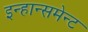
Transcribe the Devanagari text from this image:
इन्हान्समेन्ट